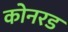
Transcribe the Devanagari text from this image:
कोनरड